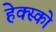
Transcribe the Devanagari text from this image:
हेक्स्को